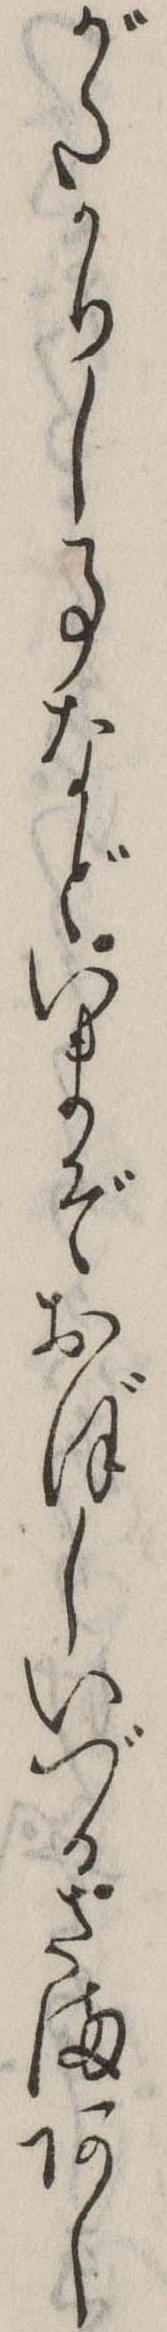
がたかりし事などいまぞおぼしいづるさまあし